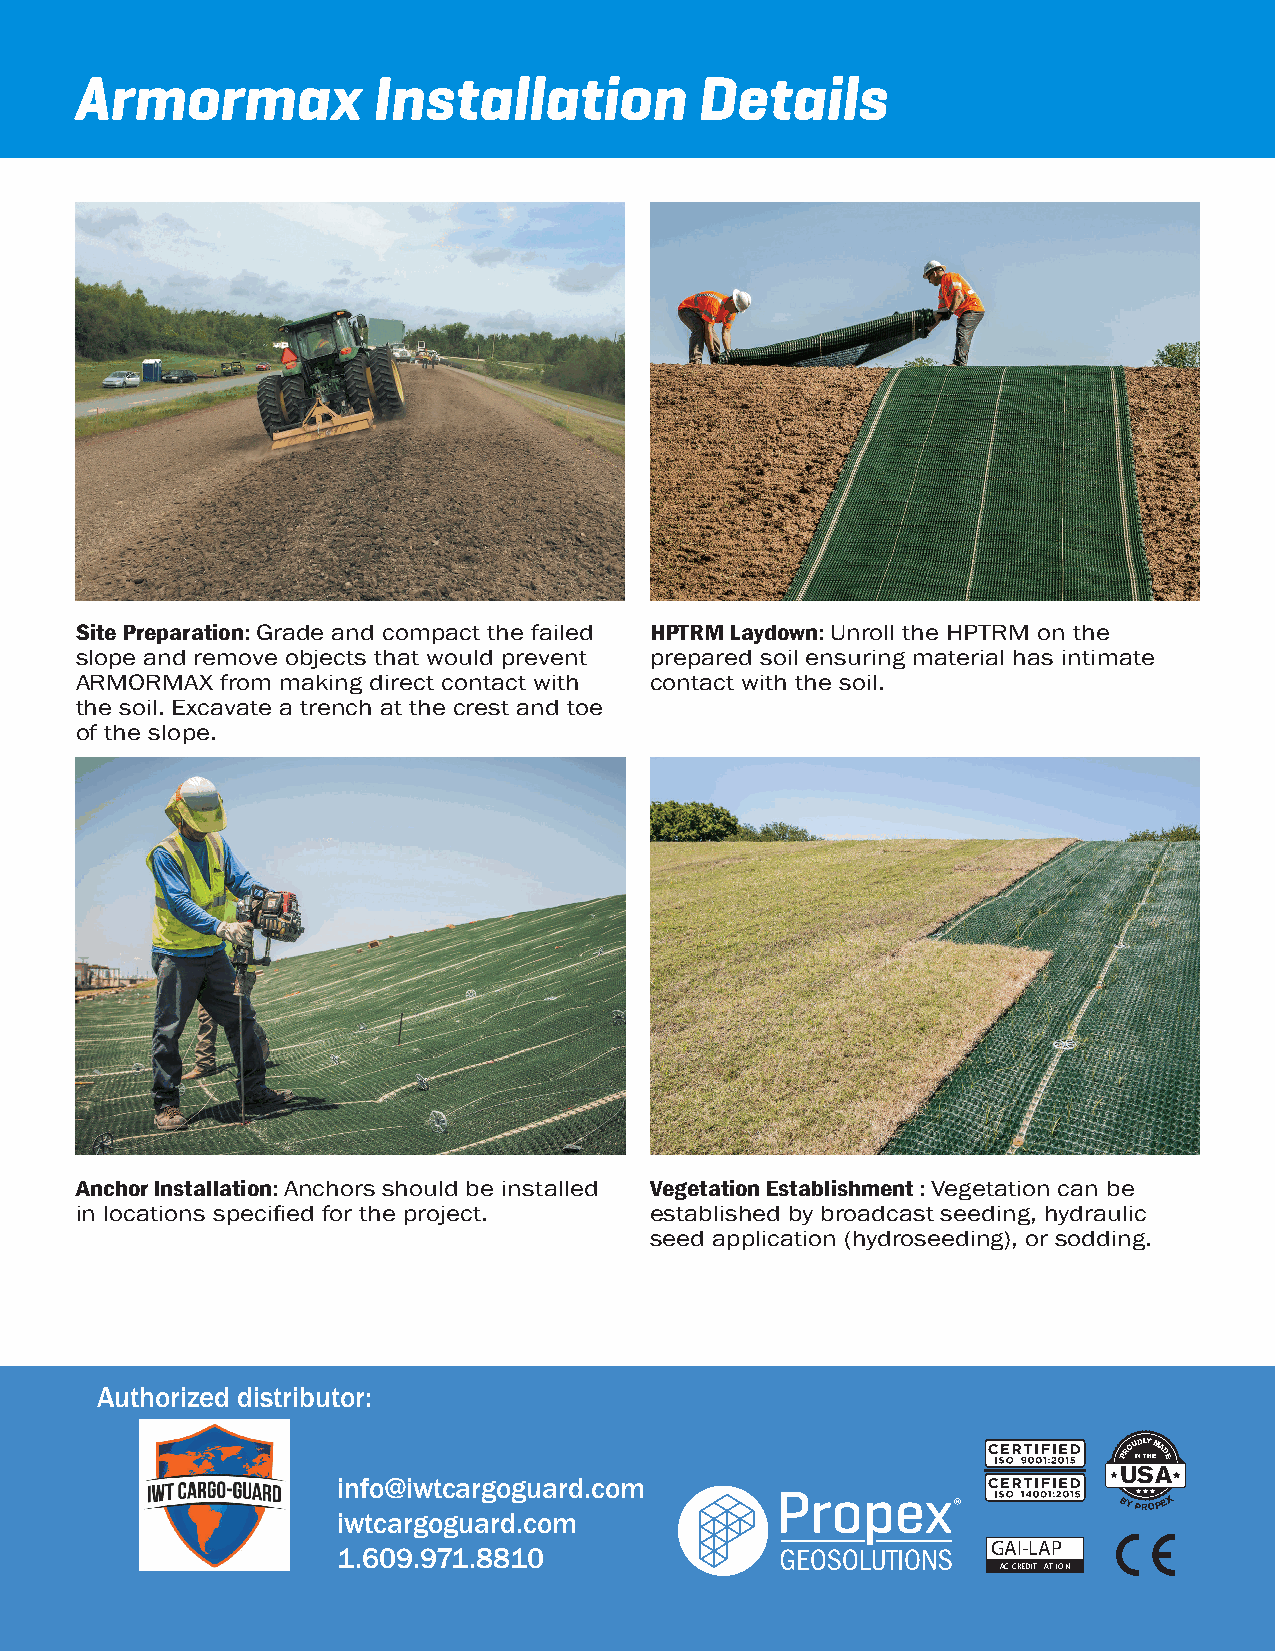
Armormax            Installation         Details
 Site Preparation: Grade and compact the failed HPTRM Laydown: Unroll the HPTRM on the
 slope and remove objects that would prevent prepared soil ensuring material has intimate
 ARMORMAX  from making direct contact with contact with the soil.
 the soil. Excavate a trench at the crest and toe
 of the slope.
 Anchor Installation: Anchors should be installed Vegetation Establishment : Vegetation can be
 in locations specified for the project. established by broadcast seeding, hydraulic
 seed application (hydroseeding), or sodding.
 Authorized distributor:
 PROU IND L TY
 H
 M EADE
 USA
 info@iwtcargoguard.com
 BYPROPEX
 iwtcargoguard.com
 GAI-LAP
 1.609.971.8810
 ACCREDIT ATION